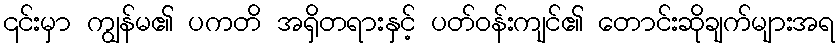
၎င်းမှာ ကျွန်မ၏ ပကတိ အရှိတရားနှင့် ပတ်ဝန်းကျင်၏ တောင်းဆိုချက်များအရ